Some observations on the poison of the banded krait (Bungarus fasciatus) - Number 7
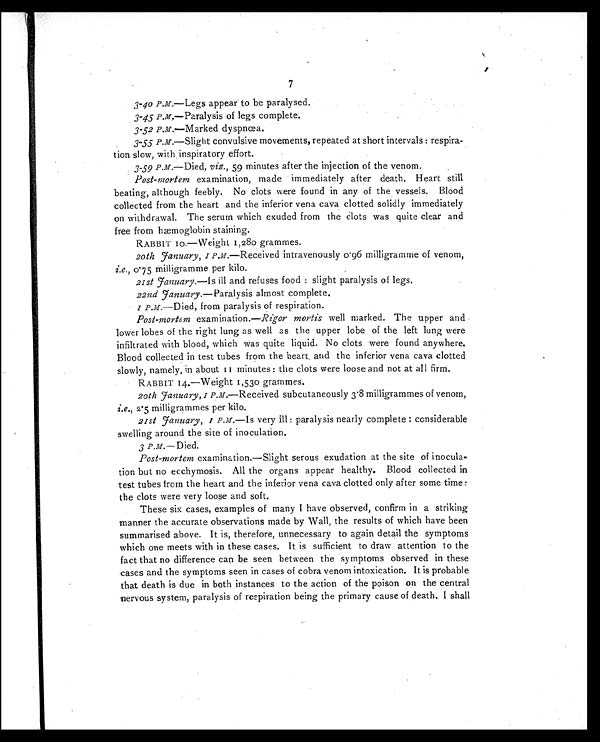
7
3-4o P. M.—Legs appear to be paralysed.
3-45 P. M. —Paralysis of legs complete.
3-52 P. M.—Marked dyspnœa.
3-55 P. M. —Slight convulsive movements, repeated at short intervals : respira
-tion slow, with , inspiratory effort.
3-59 P. M.—Died, viz., 59 minutes after the injection of the venom.
Post-mortem examination, made immediately after death. Heart still
beating, although feebly. No clots were found in any of the vessels. Blood
collected from the heart and the inferior vena cava clotted solidly immediately
on withdrawal. The serum which exuded from the clots was quite clear and
free from hæmoglobin staining.
RABBIT 10.—Weight 1,280 grammes.
20th January, I P. M.—Received intravenously 0.96 milligramme of venom,
i.e., 0.75 milligramme per kilo.
21st January. — Is ill and refuses food : slight paralysis of legs.
22nd January. — Paralysis almost complete.
I P. M.—Died, from paralysis of respiration.
Post-mortem examination.—Rigor mortis well marked. The upper and
lower lobes of the right lung as well as the upper lobe of the left lung were
infiltrated with blood, which was quite liquid. No clots were found anywhere.
Blood collected in test tubes from the heart and the inferior vena cava clotted
slowly, namely, in about 11 minutes : the clots were loose and not at all firm.
RABBIT 14.—Weight 1,530 grammes.
20th January, 1 P. M.—Received subcutaneously 3.8 milligrammes of venom,
i.e., 2.5 milligrammes per kilo.
21st January, 1 P. M. —Is very ill : paralysis nearly complete : considerable
swelling around the site of inoculation.
3 P. M.— Died.
Post-mortem examination.—Slight serous exudation at the site of inocula
-tion but no ecchymosis. All the organs appear healthy. Blood collected in
test tubes from the heart and the inferior vena cava clotted only after some time
the clots were very loose and soft.
These six cases, examples of many I have observed, confirm in a striking
manner the accurate observations made by Wall, the results of which have been
summarised above. It is, therefore, unnecessary to again detail the symptoms
which one meets with in these cases. It is sufficient to draw attention to the
fact that no difference can be seen between the symptoms observed in these
cases and the symptoms seen in cases of cobra venom intoxication. It is probable
that death is due in both instances to the action of the poison on the central
nervous system, paralysis of respiration being the primary cause of death. I shall